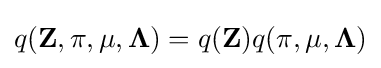
q(\mathbf {Z} ,\mathbf {\pi } ,\mathbf {\mu } ,\mathbf {\Lambda } )=q(\mathbf {Z} )q(\mathbf {\pi } ,\mathbf {\mu } ,\mathbf {\Lambda } )